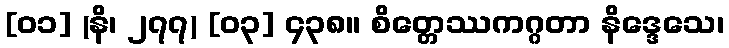
[၀၁] (နိ၊ ၂၇၇) [၀၃] ၄၃၈။ စိတ္တေဿကဂ္ဂတာ နိဒ္ဒေသေ၊